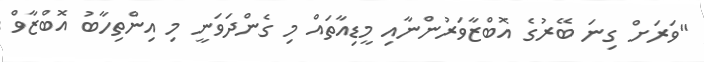
"ވަރަށް ގިނަ ބޭރުގެ އޮބްޒާވަރުންނާއި މީޑިއާތައް މި ގެންދަވަނީ މި އިންތިހާބު އޮބްޒާވް